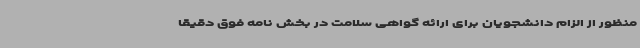
منظور از الزام دانشجویان برای ارائه گواهی سلامت در بخش نامه فوق دقیقا